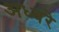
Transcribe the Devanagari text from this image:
अध्वरे